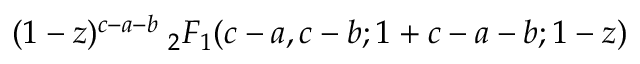
( 1 - z ) ^ { c - a - b } \; _ { 2 } F _ { 1 } ( c - a , c - b ; 1 + c - a - b ; 1 - z )